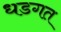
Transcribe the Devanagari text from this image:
धडगत